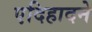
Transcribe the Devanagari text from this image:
एदिहादने